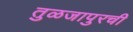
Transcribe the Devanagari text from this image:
तुळजापुरची